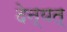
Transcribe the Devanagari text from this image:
देन्यत्